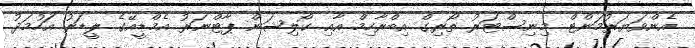
އެންވަޔަރުމަންޓް މިނިސްޓަރު ތޯރިގް އިބްރާހިމް އާއި ކޯލިޝަން ޕާޓްނަރު އެމްޑީއޭގެ ލީޑަރު އަހުމަދު